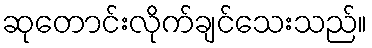
ဆုတောင်းလိုက်ချင်သေးသည်။